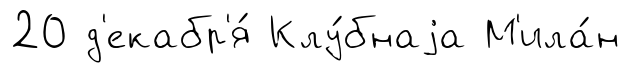
20 д'екабр'я́ Клу́бнаjа М'ила́н